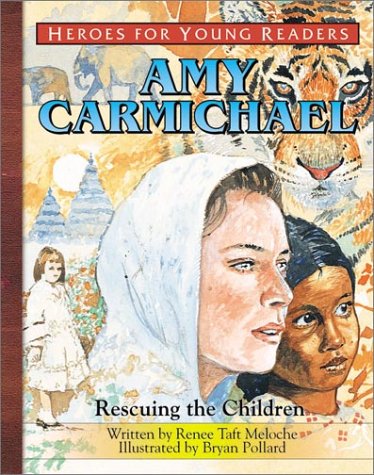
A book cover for Amy Carmichael: Rescuing the Children (Heroes for Young Readers); Renee Meloche; Children's Books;